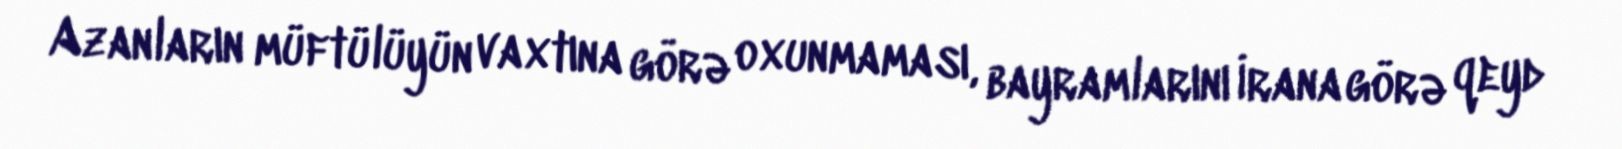
Azanların müftülüyün vaxtına görə oxunmaması, bayramlarını İrana görə qeyd